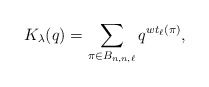
\begin{gather*} K_{\lambda}(q) = \sum_{\pi \in B_{n,n,\ell}} q^{wt_{\ell}(\pi)},\end{gather*}